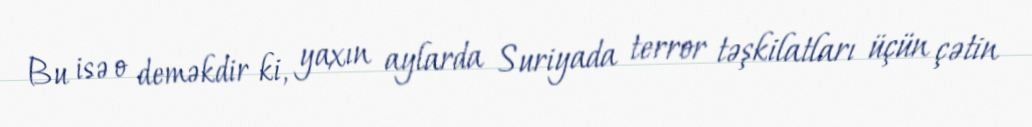
Bu isə o deməkdir ki, yaxın aylarda Suriyada terror təşkilatları üçün çətin